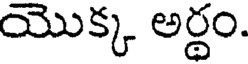
యొక్క అర్థం.